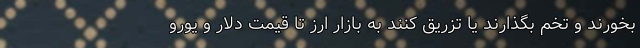
بخورند و تخم بگذارند یا تزریق کنند به بازار ارز تا قیمت دلار و یورو